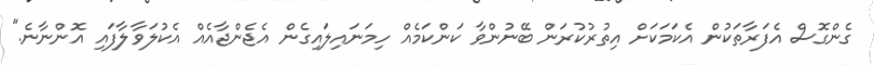
ގެންގޮސް އެފަރާތަކުން އެކަމަކަށް އިތުރުކުރަން ބޭނުންވާ ކަންކަމެއް ހިމަނައިލައިގެން އެޖެންޖާއެއް އެކުލަވާލާފައި އޮންނާނެ."